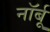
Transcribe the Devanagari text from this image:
नॉर्बू